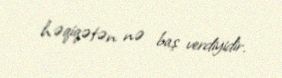
həqiqətən nə baş verdiyidir.